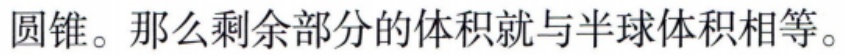
圆锥。那么剩余部分的体积就与半球体积相等。